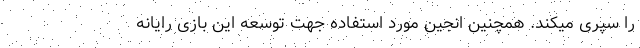
را سپری میکند. همچنین انجین مورد استفاده جهت توسعه این بازی رایانه